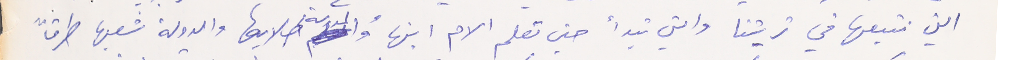
التي نتبعها في تربيتنا والتي تبدأ حين تعلم الام ابنها والمدرسة طلابها والدولة شعبها طرقاً